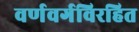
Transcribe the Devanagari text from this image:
वर्णवर्गविरहित